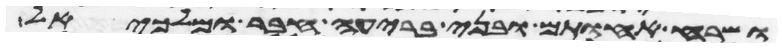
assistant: ושרח אחותם ובני בריעה חבר ומלכיאל